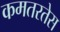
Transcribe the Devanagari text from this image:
कमतरतेस